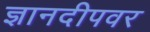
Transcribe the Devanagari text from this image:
ज्ञानदीपवर